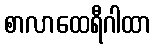
စာလာထေရီဂါထာ